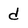
Character: d